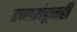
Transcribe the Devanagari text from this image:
हजारांहूनही